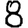
Digit: 8